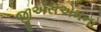
જીએસએમના